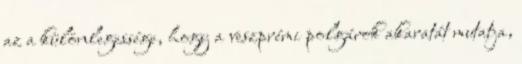
az a különlegessége, hogy a veszprémi polgárok akaratát mutatja,